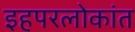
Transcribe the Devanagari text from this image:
इहपरलोकांत